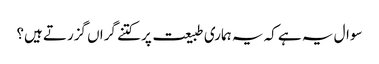
سوال یہ ہے کہ یہ ہماری طبیعت پر کتنے گراں گزرتے ہیں؟